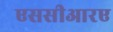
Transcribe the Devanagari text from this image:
एससीआरए